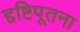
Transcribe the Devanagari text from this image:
द्दष्टिपूतना